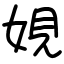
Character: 娊